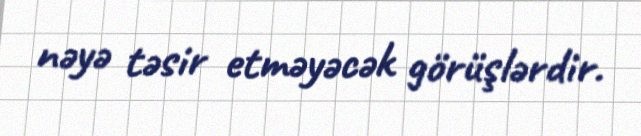
nəyə təsir etməyəcək görüşlərdir.